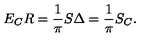
E _ { C } R = \frac { 1 } { \pi } S \Delta = \frac { 1 } { \pi } S _ { C } .